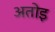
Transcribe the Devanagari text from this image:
अतोइ